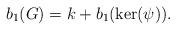
LaTeX: \begin{align*} b_1(G)=k+ b_1(\ker (\psi)). \end{align*}